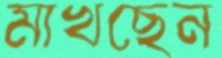
মাখছেন